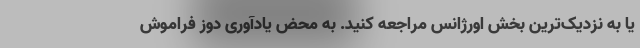
یا به نزدیک‌ترین بخش اورژانس مراجعه کنید. به محض یادآوری دوز فراموش